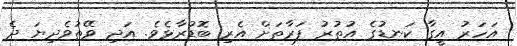
އަހަރު އީގާ ކަނޑުގެ އުތުރު ފަރާތަށް އެރި ބޮޑުރާޅެވެ. އަދި ވޭތުވެދިޔަ ދެ